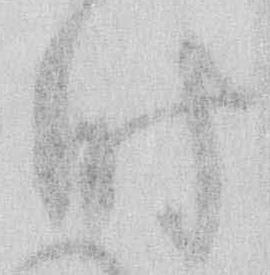
時